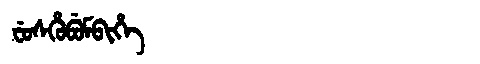
Manchu: ᠸᡠᠰᡥᡠᠪᡠᠮᠪᡳᡥᡝ
Romanization: FUSHUBUMBIHE